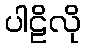
ပါဠိလို